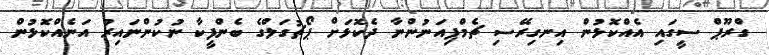
ގްރޫޕް ސީގައި އެއްކޮޅުން އިނގިރޭސި ޗެމްޕިއަނުންނާ ދެކޮޅަށް ޕޯޗުގަލްގެ ބެންފީކާ ނުކުންނައިރު އަނެއްކޮޅުން